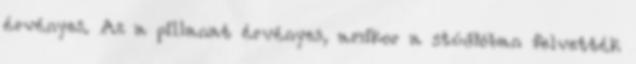
érvényes. Az a pillanat érvényes, amikor a stúdióban felvették